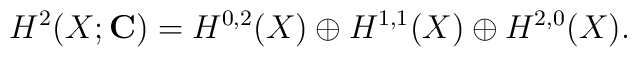
H^2(X;{\bf C}) = H^{0,2}(X) \oplus H^{1,1}(X) \oplus H^{2,0}(X).